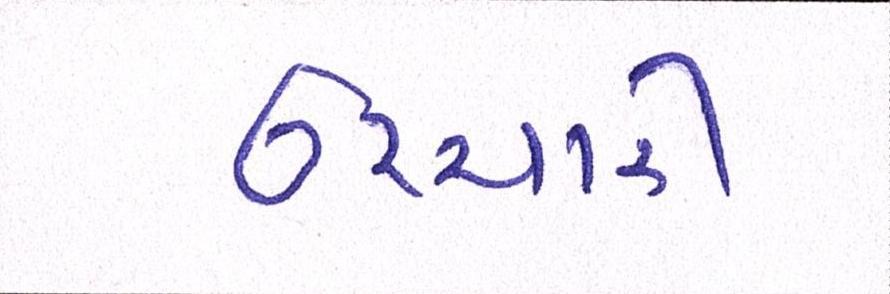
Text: ઉચ્ચારી